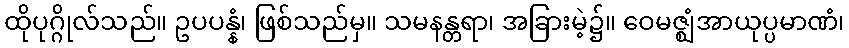
ထိုပုဂ္ဂိုလ်သည်။ ဥပပန္နံ၊ ဖြစ်သည်မှ။ သမနန္တရာ၊ အခြားမဲ့၌။ ဝေမဇ္ဈံအာယုပ္ပမာဏံ၊